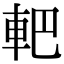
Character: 𨊹